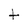
Character: t